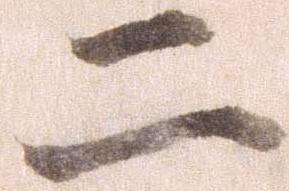
二